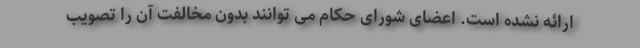
ارائه نشده است. اعضای شورای حکام می توانند بدون مخالفت آن را تصویب